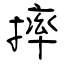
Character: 摔